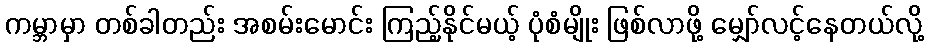
ကမ္ဘာမှာ တစ်ခါတည်း အစမ်းမောင်း ကြည့်နိုင်မယ့် ပုံစံမျိုး ဖြစ်လာဖို့ မျှော်လင့်နေတယ်လို့